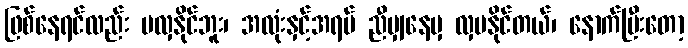
ဖြစ်နေရင်လည်း မလှနိုင်ဘူး၊ အလုံးနှင့်အရပ် ညီမျှနေမှ လှပနိုင်တယ်၊ နောက်ပြီးတော့